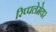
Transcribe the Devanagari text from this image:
रिप्‍पलेमेयर